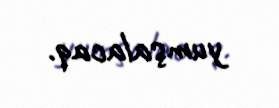
yumşalacaq.